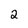
Character: 2